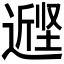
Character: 𰊭